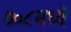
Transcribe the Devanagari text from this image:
७०८मध्ये